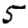
Digit: 5